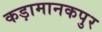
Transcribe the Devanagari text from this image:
कड़ामानकपुर